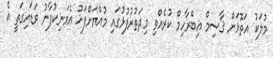
މުލަކު އަތޮޅަށް ޤާސިމް އިބްރާހިމް ކުރެއްވި މިދަތުރުފުޅުގައި މުއްޔަށްފަހު އެމަނިކުފާނު ވަޑައިގަތީ އެ